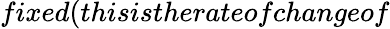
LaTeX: fixed(thisistherateofchangeof